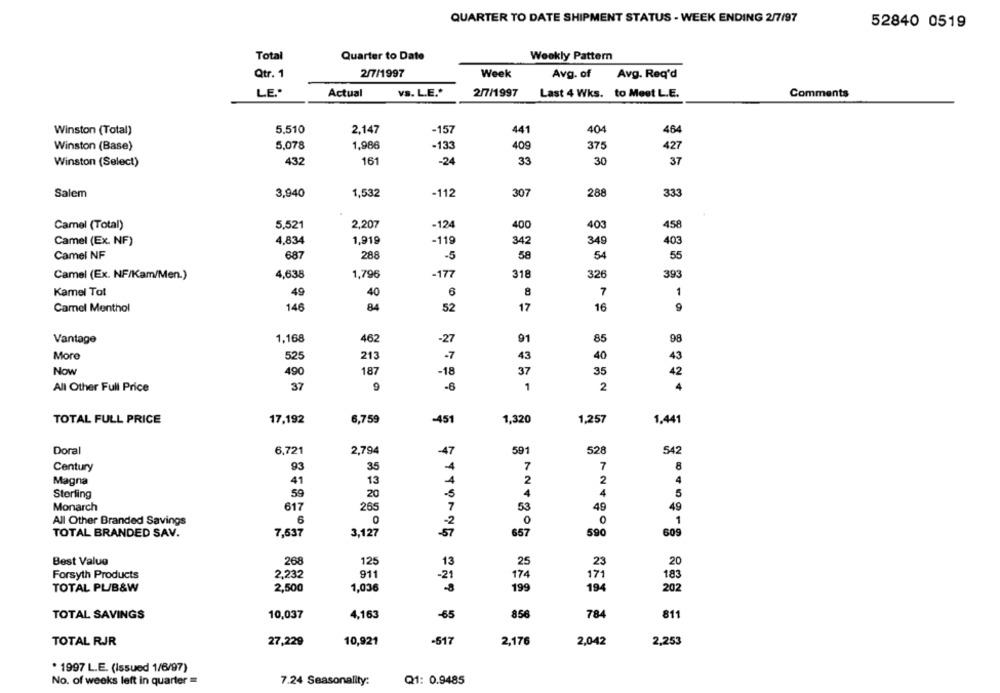
QUARTER TO DATE SHIPMENT STATUS - WEEK ENDING 2/7/97
52840 0519
Total
Quarter to Date
Weekly Pattern
Qtr. 1
2/7/1997
Week
Avg. of
Avg. Req'd
LE."
Actual
vs. L.E .*
2/7/1997
Last 4 Wks. to Meet L.E.
Comments
Winston (Total)
5.510
2,147
-157
441
404
464
Winston (Base)
5,078
1,986
409
375
427
-133
33
30
Winston (Select)
432
161
-24
37
Salem
3,940
1,532
-112
307
288
333
Camel (Total)
5,521
2,207
-124
400
403
458
Camel (Ex. NF)
4,834
1,919
-119
342
349
403
Camel NF
687
288
-5
58
54
55
Camel (Ex. NF/Kam/Men.)
4,635
1,796
-177
318
326
393
49
6
8
7
1
Kamel Tot
40
Camel Menthol
146
84
52
17
16
9
Vantage
1.168
462
-27
01
85
98
More
525
213
-7
43
40
43
Now
490
187
-18
37
35
42
All Other Full Price
37
9
-6
1
2
4
TOTAL FULL PRICE
17,192
6,759
-451
1,320
1,257
1,441
Doral
6,721
2,794
-47
591
528
542
Century
93
35
4
7
7
8
4
Magna
41
13
4
2
2
4
Storting
59
20
4
5
Monarch
617
49
265
53
49
All Other Branded Savings
6
0
0
1
TOTAL BRANDED SAV.
7,537
3,127
657
590
609
Best Value
268
125
23
20
13
25
Forsyth Products
2.232
911
17
-21
174
183
TOTAL PL/B&W
2,500
199
194
1,03
202
TOTAL SAVINGS
10,037
4,163
-65
856
784
811
TOTAL RJR
27,229
10,921
-517
2,176
2,042
2,253
. 1997 L.E. (Issued 1/6/97)
No. of weeks left in quarter =
7.24 Seasonality:
Q1: 0.9485